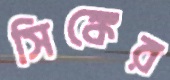
সিঙ্কের